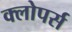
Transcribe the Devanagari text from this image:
क्लोपर्स